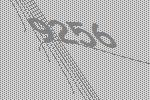
9256